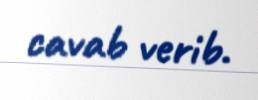
cavab verib.